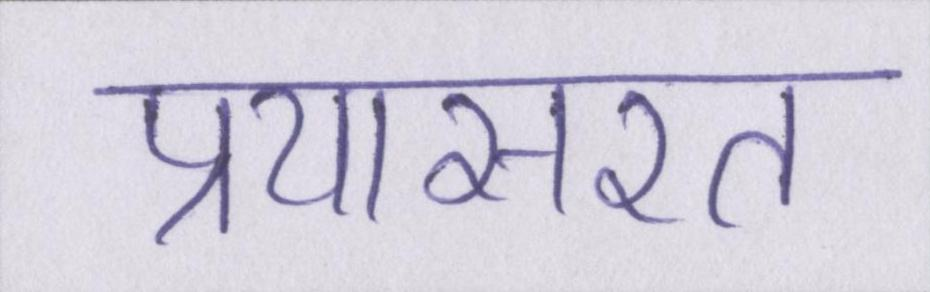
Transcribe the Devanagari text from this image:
प्रयासरत